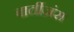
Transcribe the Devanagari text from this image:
पार्तीज़ंस